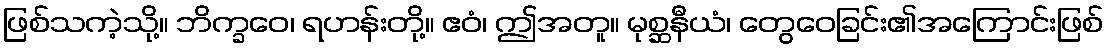
ဖြစ်သကဲ့သို့။ ဘိက္ခဝေ၊ ရဟန်းတို့။ ဧဝံ၊ ဤအတူ။ မုစ္ဆနီယံ၊ တွေဝေခြင်း၏အကြောင်းဖြစ်